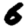
Digit: 6